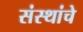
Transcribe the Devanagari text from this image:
संस्‍थांचे